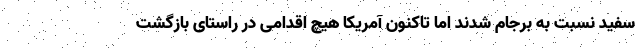
سفید نسبت به برجام شدند اما تاکنون آمریکا هیچ اقدامی در راستای بازگشت